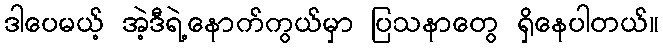
ဒါပေမယ့် အဲ့ဒီရဲ့နောက်ကွယ်မှာ ပြသနာတွေ ရှိနေပါတယ်။